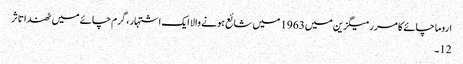
اروما چائے کا مرر میگزین میں1963 میں شائع ہونے والا ایک اشتہار ، گرم چائے میں ٹھندا تاثر
12۔